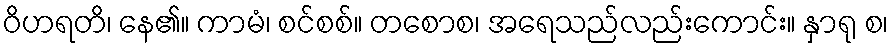
ဝိဟရတိ၊ နေ၏။ ကာမံ၊ စင်စစ်။ တစောစ၊ အရေသည်လည်းကောင်း။ နှာရု စ၊